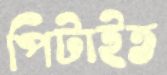
পিটাইত